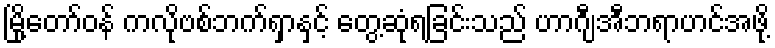
မြို့တော်ဝန် ကလိုဗစ်ဘက်ရှာနှင့် တွေ့ဆုံရခြင်းသည် ဟာဂျီအီဘရာဟင်အဖို့